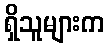
ရှိသူများက